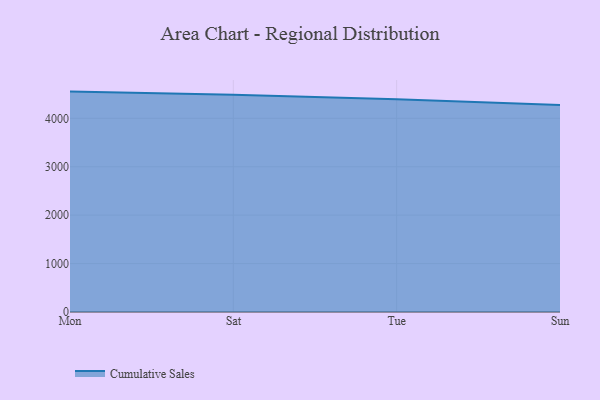
{"axis": {"x": "Day", "y": "Tickets Resolved"}, "legend": ["Cumulative Sales"], "data": [{"x": "Mon", "y": 4552.0, "type": "Cumulative Sales"}, {"x": "Sat", "y": 4485.5, "type": "Cumulative Sales"}, {"x": "Tue", "y": 4392.7, "type": "Cumulative Sales"}, {"x": "Sun", "y": 4277.1, "type": "Cumulative Sales"}]}